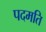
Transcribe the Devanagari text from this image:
पदमति